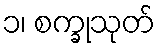
၁၊ စက္ခုသုတ်